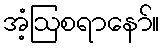
အံ့ဩစရာနော်။